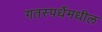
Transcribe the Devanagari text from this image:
गतस्पर्धेमधील